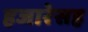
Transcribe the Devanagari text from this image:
हजारेसह